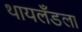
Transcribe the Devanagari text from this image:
थायलँडला